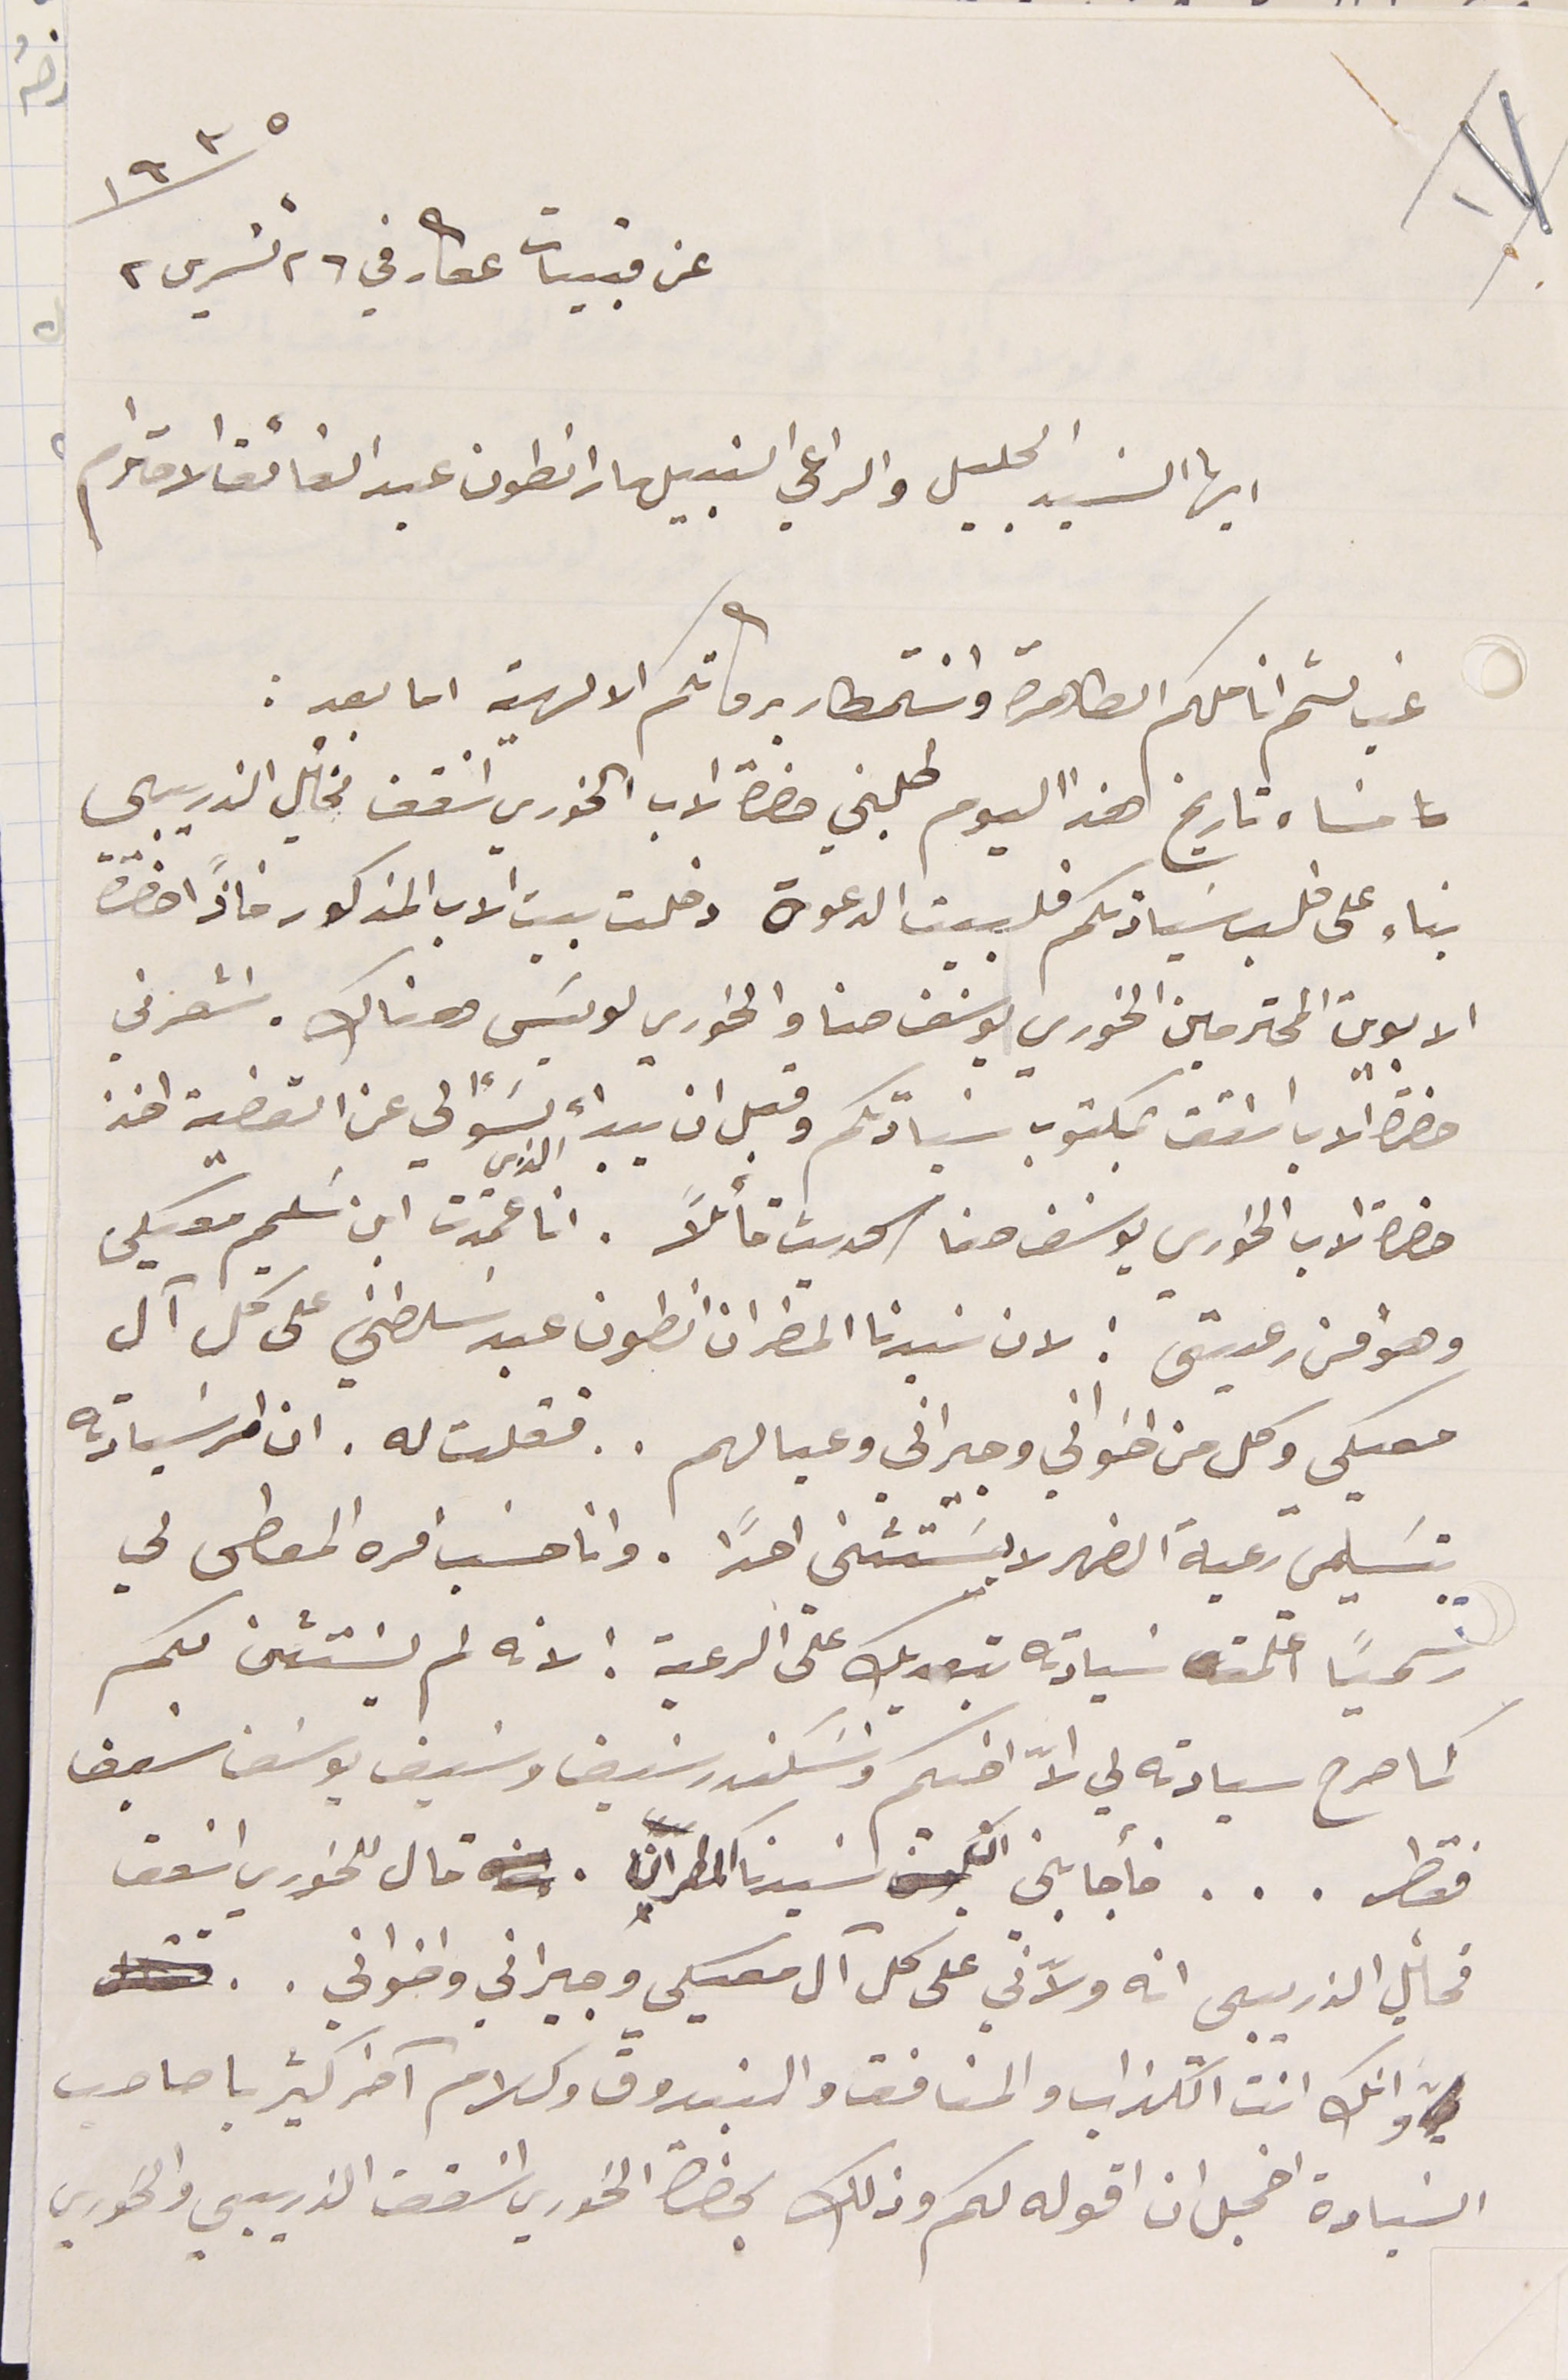
عن قبيات عكار في ٢٦ تشرين ٢ سنة ١٩٣٥
ايها السَيد الجليل والراعي النبيل مار انطون عبد الفائق الاحترام
غب لثم اناملكم الطاهرة واسَتمطار بركاتكم الالهية اما بعد :
مسَاء تاريخ هذا اليوم طلبني حضرة الاب الخوري اسَقف مخأيل الذريبي
بناء على طلب سَيادتكم فلبيت الدعوة دخلت بيت الاب المذكور فاذًا حضرة
الابوين المحترمين الخوري يوسَف حنا والخوري لويسَ هناك. اشعرني
حضرة الاب اسَقف بمكتوب سيادتكم وقبل ان يبداء بسَؤالي عن القضية اخذ
حضرة الاب الخوري يوسَف حنا الحديث قائلًا. انا الذي عمدت ابن سَليم معيكى
وهوا من رعيتى : لان سيدنا المطران انطون عبد سَلطني على كل آل
معيكي وكل من اخواني وجيراني وعيالهم . . فقلت له . ان امر سَيادته
بتسَليمي رعية الضهر لا يستثني احدًا . وانا حسَب امره المعطى لي
رسمياً اعلمت سَيادته بتعديك على الرعية : لانه لم يسَتثنى لكم
كما صرح سيادته لي الاّ اخيكم وسَكندر سَيف وسَيف يوسَف سَيف
فقط . . . فأجابني ان سَيدنا المطران. قال للخوري اسقف
مخأيل الذربيي انه ولاّني على كل آل معيكي وجيراني واخواني .
وانك انت الكذاب والمنافق والبندوق وكلام آخر كثير يا صاحب
السَيادة اخجل ان اقوله لكم وذلك بحضرة الخوري اسَقف الذريبي والخوري